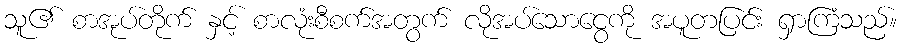
သူ၏ စာအုပ်တိုက် နှင့် စာလုံးစီစက်အတွက် လိုအပ်သောငွေကို အပူတပြင်း ရှာကြံသည်။